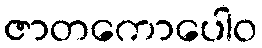
ဇာတကောပေါဝ